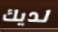
لديك